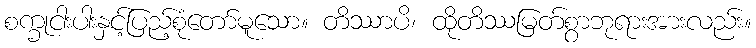
စက္ခုငါးပါးနှင့်ပြည့်စုံတော်မူသော။ တိဿာပိ၊ ထိုတိဿမြတ်စွာဘုရားအားလည်း။